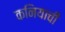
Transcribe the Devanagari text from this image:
कनियाची